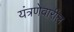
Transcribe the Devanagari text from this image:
यंत्रणेवारील